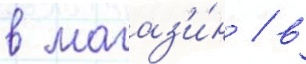
в магаз'и́н / в